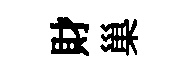
財巢